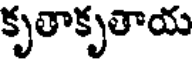
కృతాకృతాయ